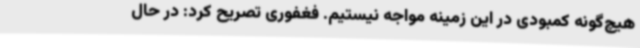
هیچ‌گونه کمبودی در این زمینه مواجه نیستیم. فغفوری تصریح کرد: در حال